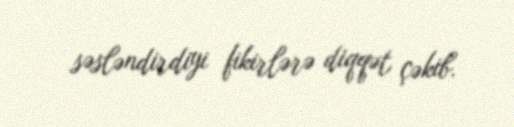
səsləndirdiyi fikirlərə diqqət çəkib.